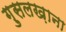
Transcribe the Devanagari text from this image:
ग़ुसलख़ाना